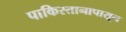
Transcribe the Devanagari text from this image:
पाकिस्तानापासून